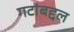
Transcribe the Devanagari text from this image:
गटांबद्दल